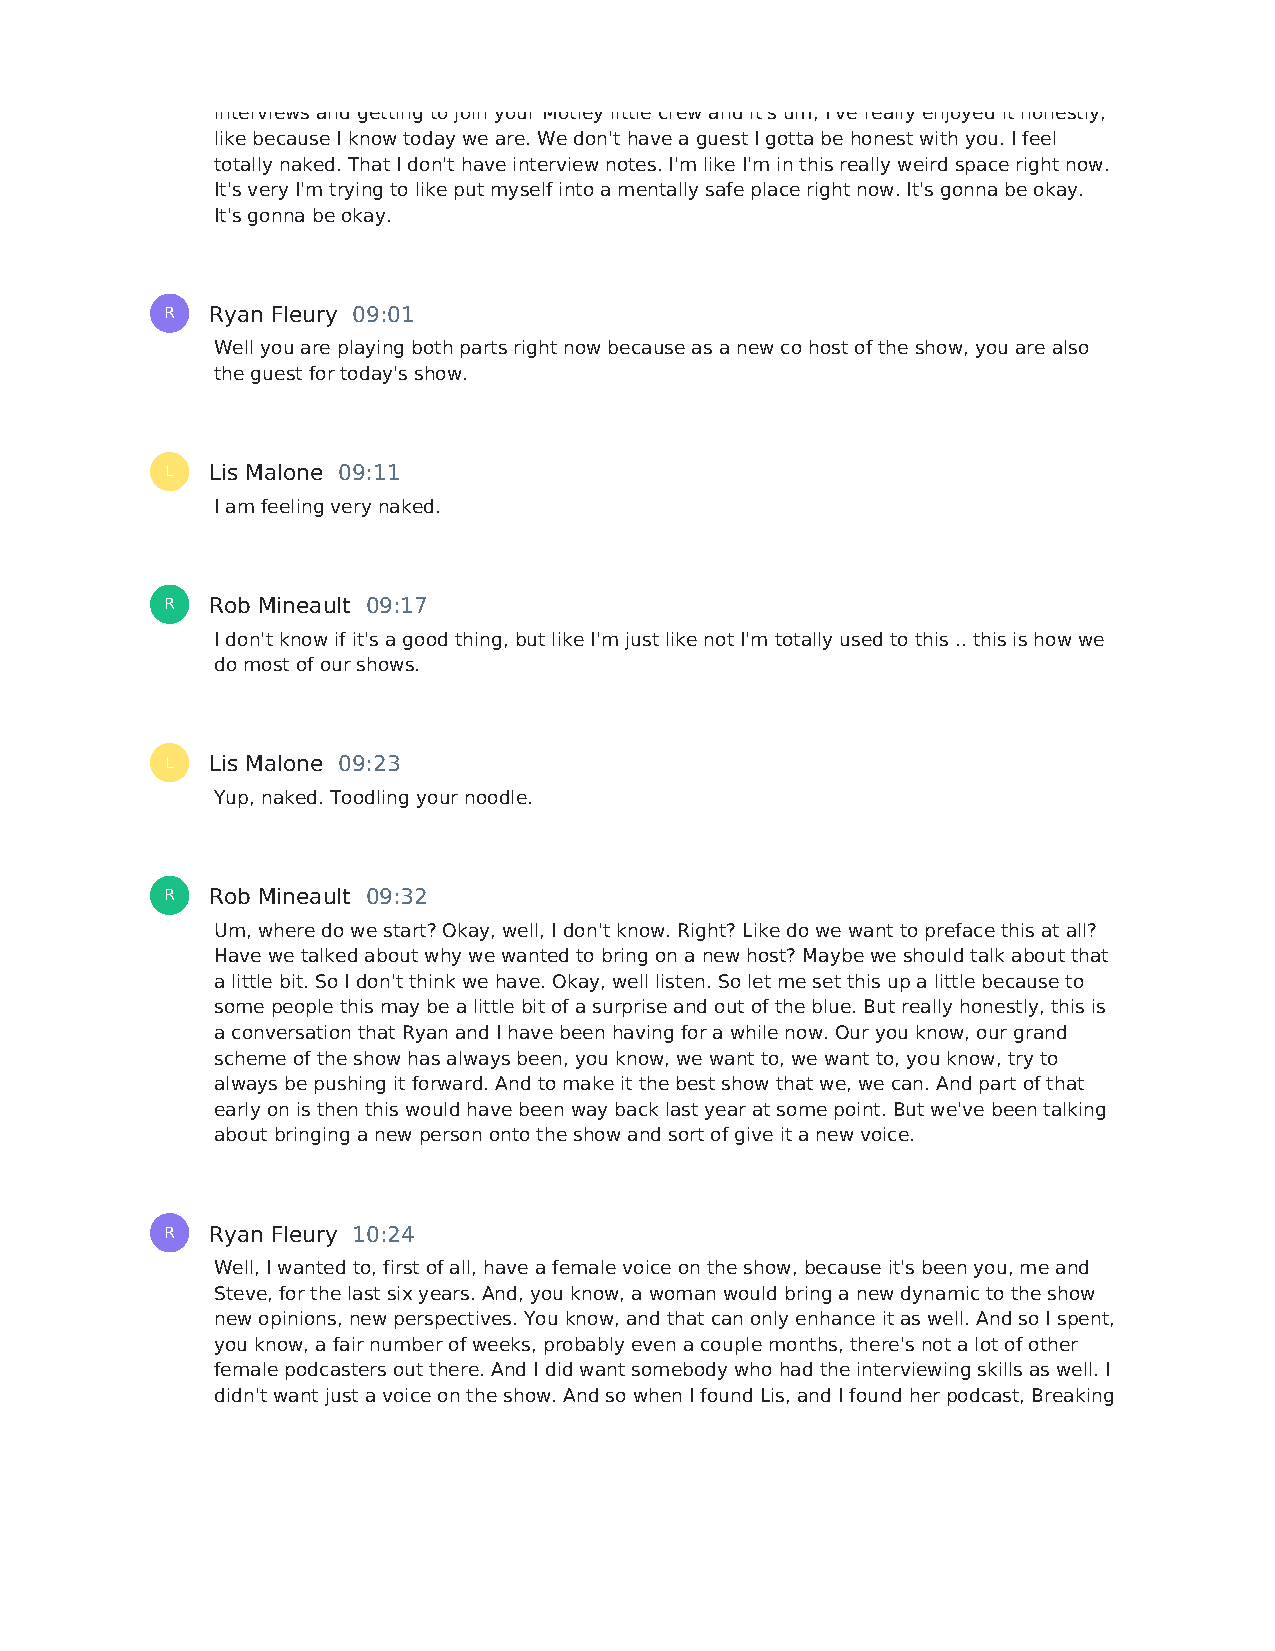
interviews and getting to join your Motley little crew and it's um, I've really enjoyed it honestly,
 like because I know today we are. We don't have a guest I gotta be honest with you. I feel
 totally naked. That I don't have interview notes. I'm like I'm in this really weird space right now.
 It's very I'm trying to like put myself into a mentally safe place right now. It's gonna be okay.
 It's gonna be okay.
 R  Ryan Fleury 09:01
 Well you are playing both parts right now because as a new co host of the show, you are also
 the guest for today's show.
 L  Lis Malone 09:11
 I am feeling very naked.
 R  Rob Mineault 09:17
 I don't know if it's a good thing, but like I'm just like not I'm totally used to this .. this is how we
 do most of our shows.
 L  Lis Malone 09:23
 Yup, naked. Toodling your noodle.
 R  Rob Mineault 09:32
 Um, where do we start? Okay, well, I don't know. Right? Like do we want to preface this at all?
 Have we talked about why we wanted to bring on a new host? Maybe we should talk about that
 a little bit. So I don't think we have. Okay, well listen. So let me set this up a little because to
 some people this may be a little bit of a surprise and out of the blue. But really honestly, this is
 a conversation that Ryan and I have been having for a while now. Our you know, our grand
 scheme of the show has always been, you know, we want to, we want to, you know, try to
 always be pushing it forward. And to make it the best show that we, we can. And part of that
 early on is then this would have been way back last year at some point. But we've been talking
 about bringing a new person onto the show and sort of give it a new voice.
 R  Ryan Fleury 10:24
 Well, I wanted to, first of all, have a female voice on the show, because it's been you, me and
 Steve, for the last six years. And, you know, a woman would bring a new dynamic to the show
 new opinions, new perspectives. You know, and that can only enhance it as well. And so I spent,
 you know, a fair number of weeks, probably even a couple months, there's not a lot of other
 female podcasters out there. And I did want somebody who had the interviewing skills as well. I
 didn't want just a voice on the show. And so when I found Lis, and I found her podcast, Breaking